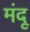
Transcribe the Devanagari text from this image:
मंदू